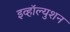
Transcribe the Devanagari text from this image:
इव्हॉल्युशन